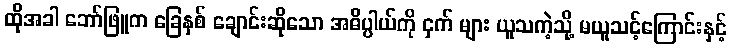
ထိုအခါ ဘော်ဖြူက ခြေနှစ် ချောင်းဆိုသော အဓိပ္ပါယ်ကို ငှက် များ ယူသကဲ့သို့ မယူသင့်ကြောင်းနှင့်